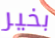
بخير